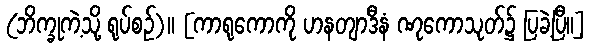
(ဘိက္ခုကဲ့သို့ ရုပ်စဉ်)။ [ကာရုကောကို ဟနတျာဒီနံ ဏုကောသုတ်၌ ပြခဲ့ပြီ။]